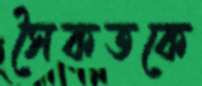
সৈকতকে